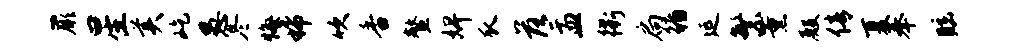
蕨星美屹愚冬悔稀吹香鳌婢瓜落盂衢扃循延繁薰殿倩夏奉眩